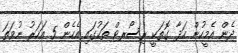
ދެން އެމީހުން ހަދާ ގޮތަކީ ރިސޯރޓް ތަކުގައި އެހެން 5 އަހަރު ނުވަތަ